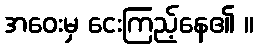
အဝေးမှ ငေးကြည့်နေ၏ ။